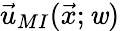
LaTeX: \vec{u}_{MI}(\vec{x};\textbf{\textit{w}})